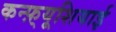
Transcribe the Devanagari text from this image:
कन्फ़्यूशियाई